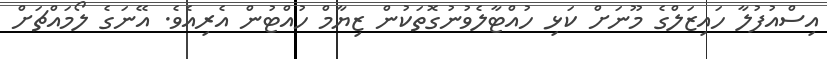
އިސްއުފުލާ ހައިޒަލްގެ މޫނަށް ކަޅި ހުއްޓާލެވުނުގޮތަކުން ޒިޔާމް ހުއްޓުން އެރިއެވެ. އޭނަގެ ލޯމައްޗަށް